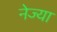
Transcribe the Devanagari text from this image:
नेज्या